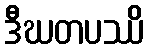
ဒီဃတပဿိ